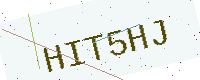
Text: HIT5HJ